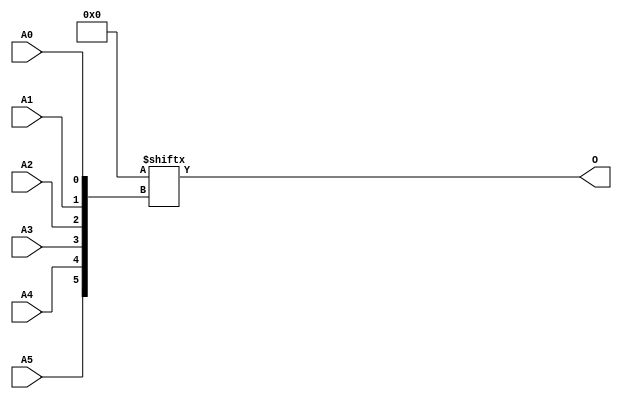
// $Header: /devl/xcs/repo/env/Databases/CAEInterfaces/verunilibs/data/unisims/ROM64X1.v,v 1.9 2007/05/23 21:43:44 patrickp Exp $
///////////////////////////////////////////////////////////////////////////////
// Copyright (c) 1995/2004 Xilinx, Inc.
// All Right Reserved.
///////////////////////////////////////////////////////////////////////////////
//   ____  ____
//  /   /\/   /
// /___/  \  /    Vendor : Xilinx
// \   \   \/     Version : 10.1
//  \   \         Description : Xilinx Functional Simulation Library Component
//  /   /                  64-Deep by 1-Wide ROM
// /___/   /\     Filename : ROM64X1.v
// \   \  /  \    Timestamp : Thu Mar 25 16:43:40 PST 2004
//  \___\/\___\
//
// Revision:
//    03/23/04 - Initial version.
//    02/04/05 - Rev 0.0.1 Remove input/output bufs; Remove for-loop in initial block;
//    05/23/07 - Changed timescale to 1 ps / 1 ps.

`timescale  1 ps / 1 ps


module ROM64X1 (O, A0, A1, A2, A3, A4, A5);

    parameter INIT = 64'h0000000000000000;

    output O;

    input  A0, A1, A2, A3, A4, A5;

    reg [63:0] mem;

    initial 
            mem = INIT;

    assign O = mem[{A5, A4, A3, A2, A1, A0}];


endmodule